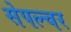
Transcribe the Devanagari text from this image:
सेपल्चर